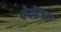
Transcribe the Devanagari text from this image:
देवेंद्रच्या